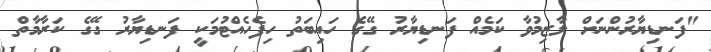
"ފަނޑިޔާރުންނަށް ލާޒިމުވާ ކަމެއް ފަނޑިޔާރު ގޭގެ ހައިބަތު ހިފެހެއްޓުމަކީ ފަނޑިޔާރު ގޭގެ ކަރާމާތް